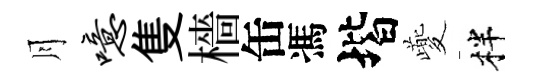
月噫隻檣缶馮堦夔柈